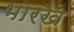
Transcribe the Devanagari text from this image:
भारख